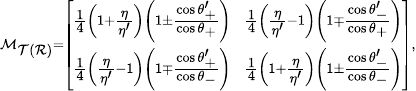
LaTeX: \scriptscriptstyle{\mathcal{M}_{\mathcal{T}(\mathcal{R})}=\left[\begin{array}{cc}{\frac{1}{4}\left(1+\frac{\eta}{\eta^{\prime}}\right)\left(1\pm\frac{\cos\theta_{+}^{\prime}}{\cos\theta_{+}}\right)}&{\frac{1}{4}\left(\frac{\eta}{\eta^{\prime}}-1\right)\left(1\mp\frac{\cos\theta_{-}^{\prime}}{\cos\theta_{+}}\right)}\\ {\frac{1}{4}\left(\frac{\eta}{\eta^{\prime}}-1\right)\left(1\mp\frac{\cos\theta_{+}^{\prime}}{\cos\theta_{-}}\right)}&{\frac{1}{4}\left(1+\frac{\eta}{\eta^{\prime}}\right)\left(1\pm\frac{\cos\theta_{-}^{\prime}}{\cos\theta_{-}}\right)}\end{array}\right]},